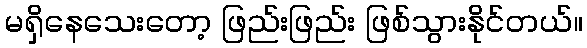
မရှိနေသေးတော့ ဖြည်းဖြည်း ဖြစ်သွားနိုင်တယ်။